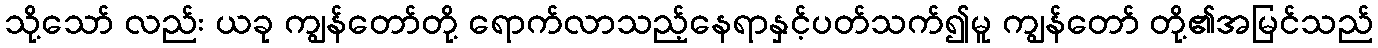
သို့သော် လည်း ယခု ကျွန်တော်တို့ ရောက်လာသည့်နေရာနှင့်ပတ်သက်၍မူ ကျွန်တော် တို့၏အမြင်သည်